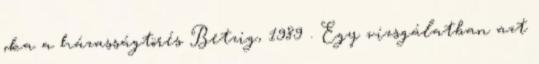
oka a házasságtörés Betzig, 1989 . Egy vizsgálatban azt